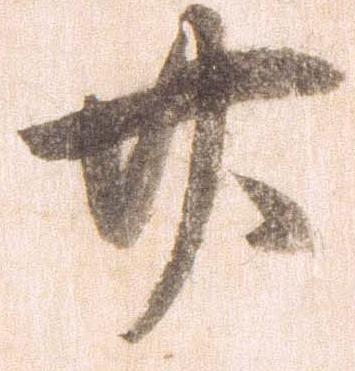
廿